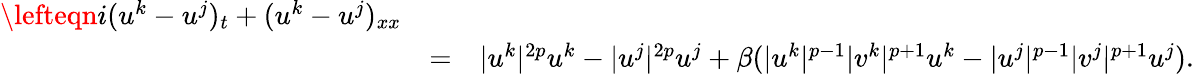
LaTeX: \begin{array}{rlr}{\lefteqn{i(u^{k}-u^{j})_{t}+(u^{k}-u^{j})_{xx}}}\\ &{=}&{|u^{k}|^{2p}u^{k}-|u^{j}|^{2p}u^{j}+\beta(|u^{k}|^{p-1}|v^{k}|^{p+1}u^{k}-|u^{j}|^{p-1}|v^{j}|^{p+1}u^{j}).}\end{array}